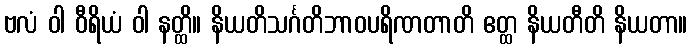
ဗလံ ဝါ ဝီရိယံ ဝါ နတ္ထိ။ နိယတိသင်္ဂတိဘာဝပရိဏတာတိ ဧတ္ထ နိယတီတိ နိယတာ။